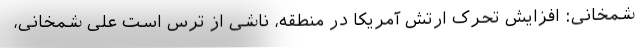
شمخانی: افزایش تحرک ارتش آمریکا در منطقه، ناشی از ترس است علی شمخانی،